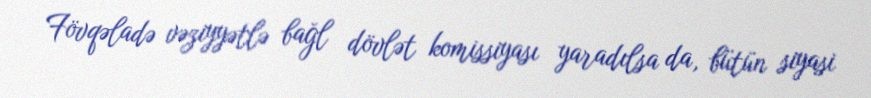
Fövqəladə vəziyyətlə bağl dövlət komissiyası yaradılsa da, bütün siyasi